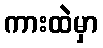
ကားထဲမှာ